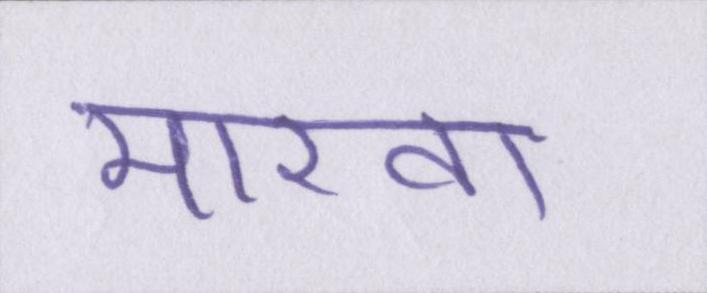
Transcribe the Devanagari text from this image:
मारवा